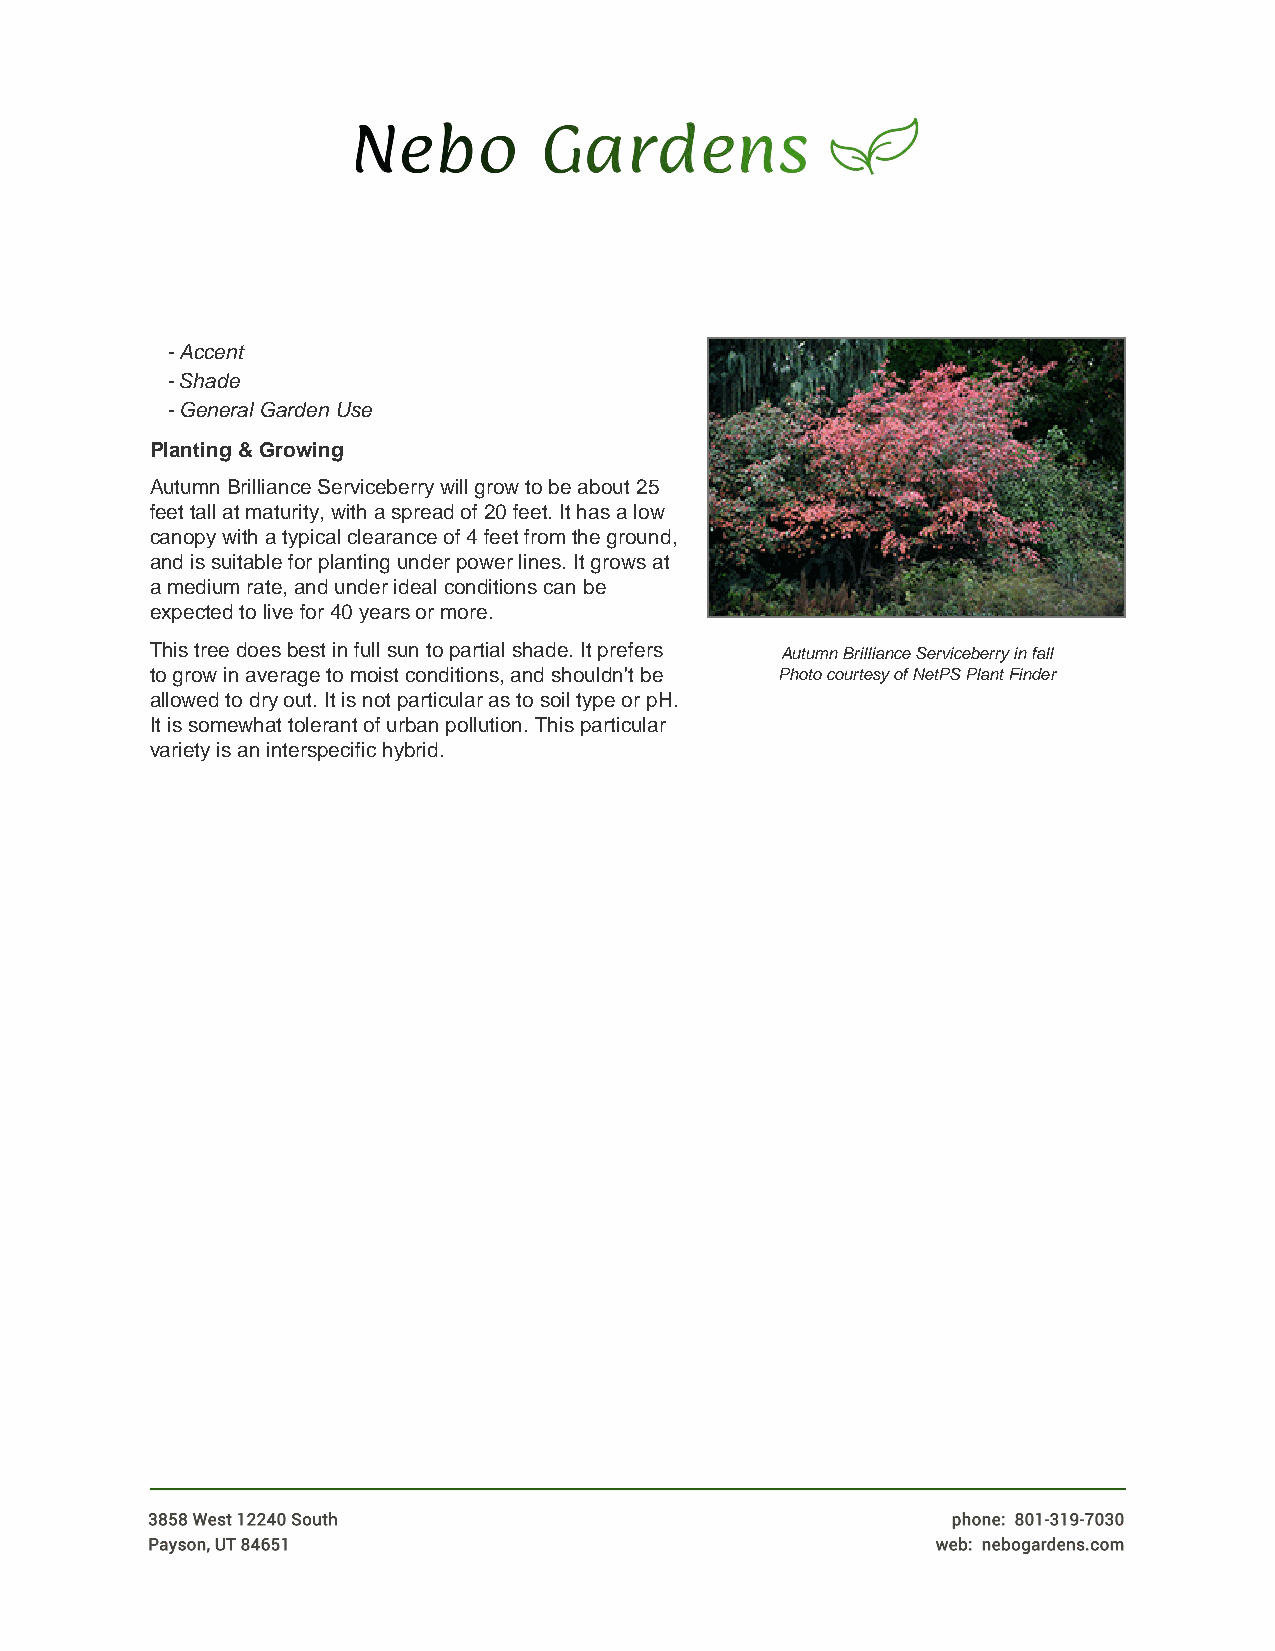
- Accent
 - Shade
 - General Garden Use
 Planting & Growing
 Autumn Brilliance Serviceberry will grow to be about 25
 feet tall at maturity, with a spread of 20 feet. It has a low
 canopy with a typical clearance of 4 feet from the ground,
 and is suitable for planting under power lines. It grows at
 a medium rate, and under ideal conditions can be
 expected to live for 40 years or more.
 This tree does best in full sun to partial shade. It prefers Autumn Brilliance Serviceberry in fall
 to grow in average to moist conditions, and shouldn't be Photo courtesy of NetPS Plant Finder
 allowed to dry out. It is not particular as to soil type or pH.
 It is somewhat tolerant of urban pollution. This particular
 variety is an interspecific hybrid.